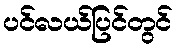
ပင်လယ်ပြင်တွင်